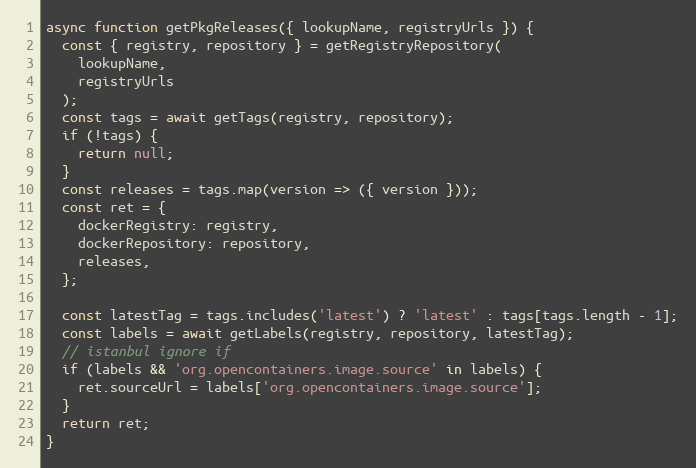
Language: JavaScript
async function getPkgReleases({ lookupName, registryUrls }) {
  const { registry, repository } = getRegistryRepository(
    lookupName,
    registryUrls
  );
  const tags = await getTags(registry, repository);
  if (!tags) {
    return null;
  }
  const releases = tags.map(version => ({ version }));
  const ret = {
    dockerRegistry: registry,
    dockerRepository: repository,
    releases,
  };

  const latestTag = tags.includes('latest') ? 'latest' : tags[tags.length - 1];
  const labels = await getLabels(registry, repository, latestTag);
  // istanbul ignore if
  if (labels && 'org.opencontainers.image.source' in labels) {
    ret.sourceUrl = labels['org.opencontainers.image.source'];
  }
  return ret;
}